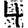
Digit: 4